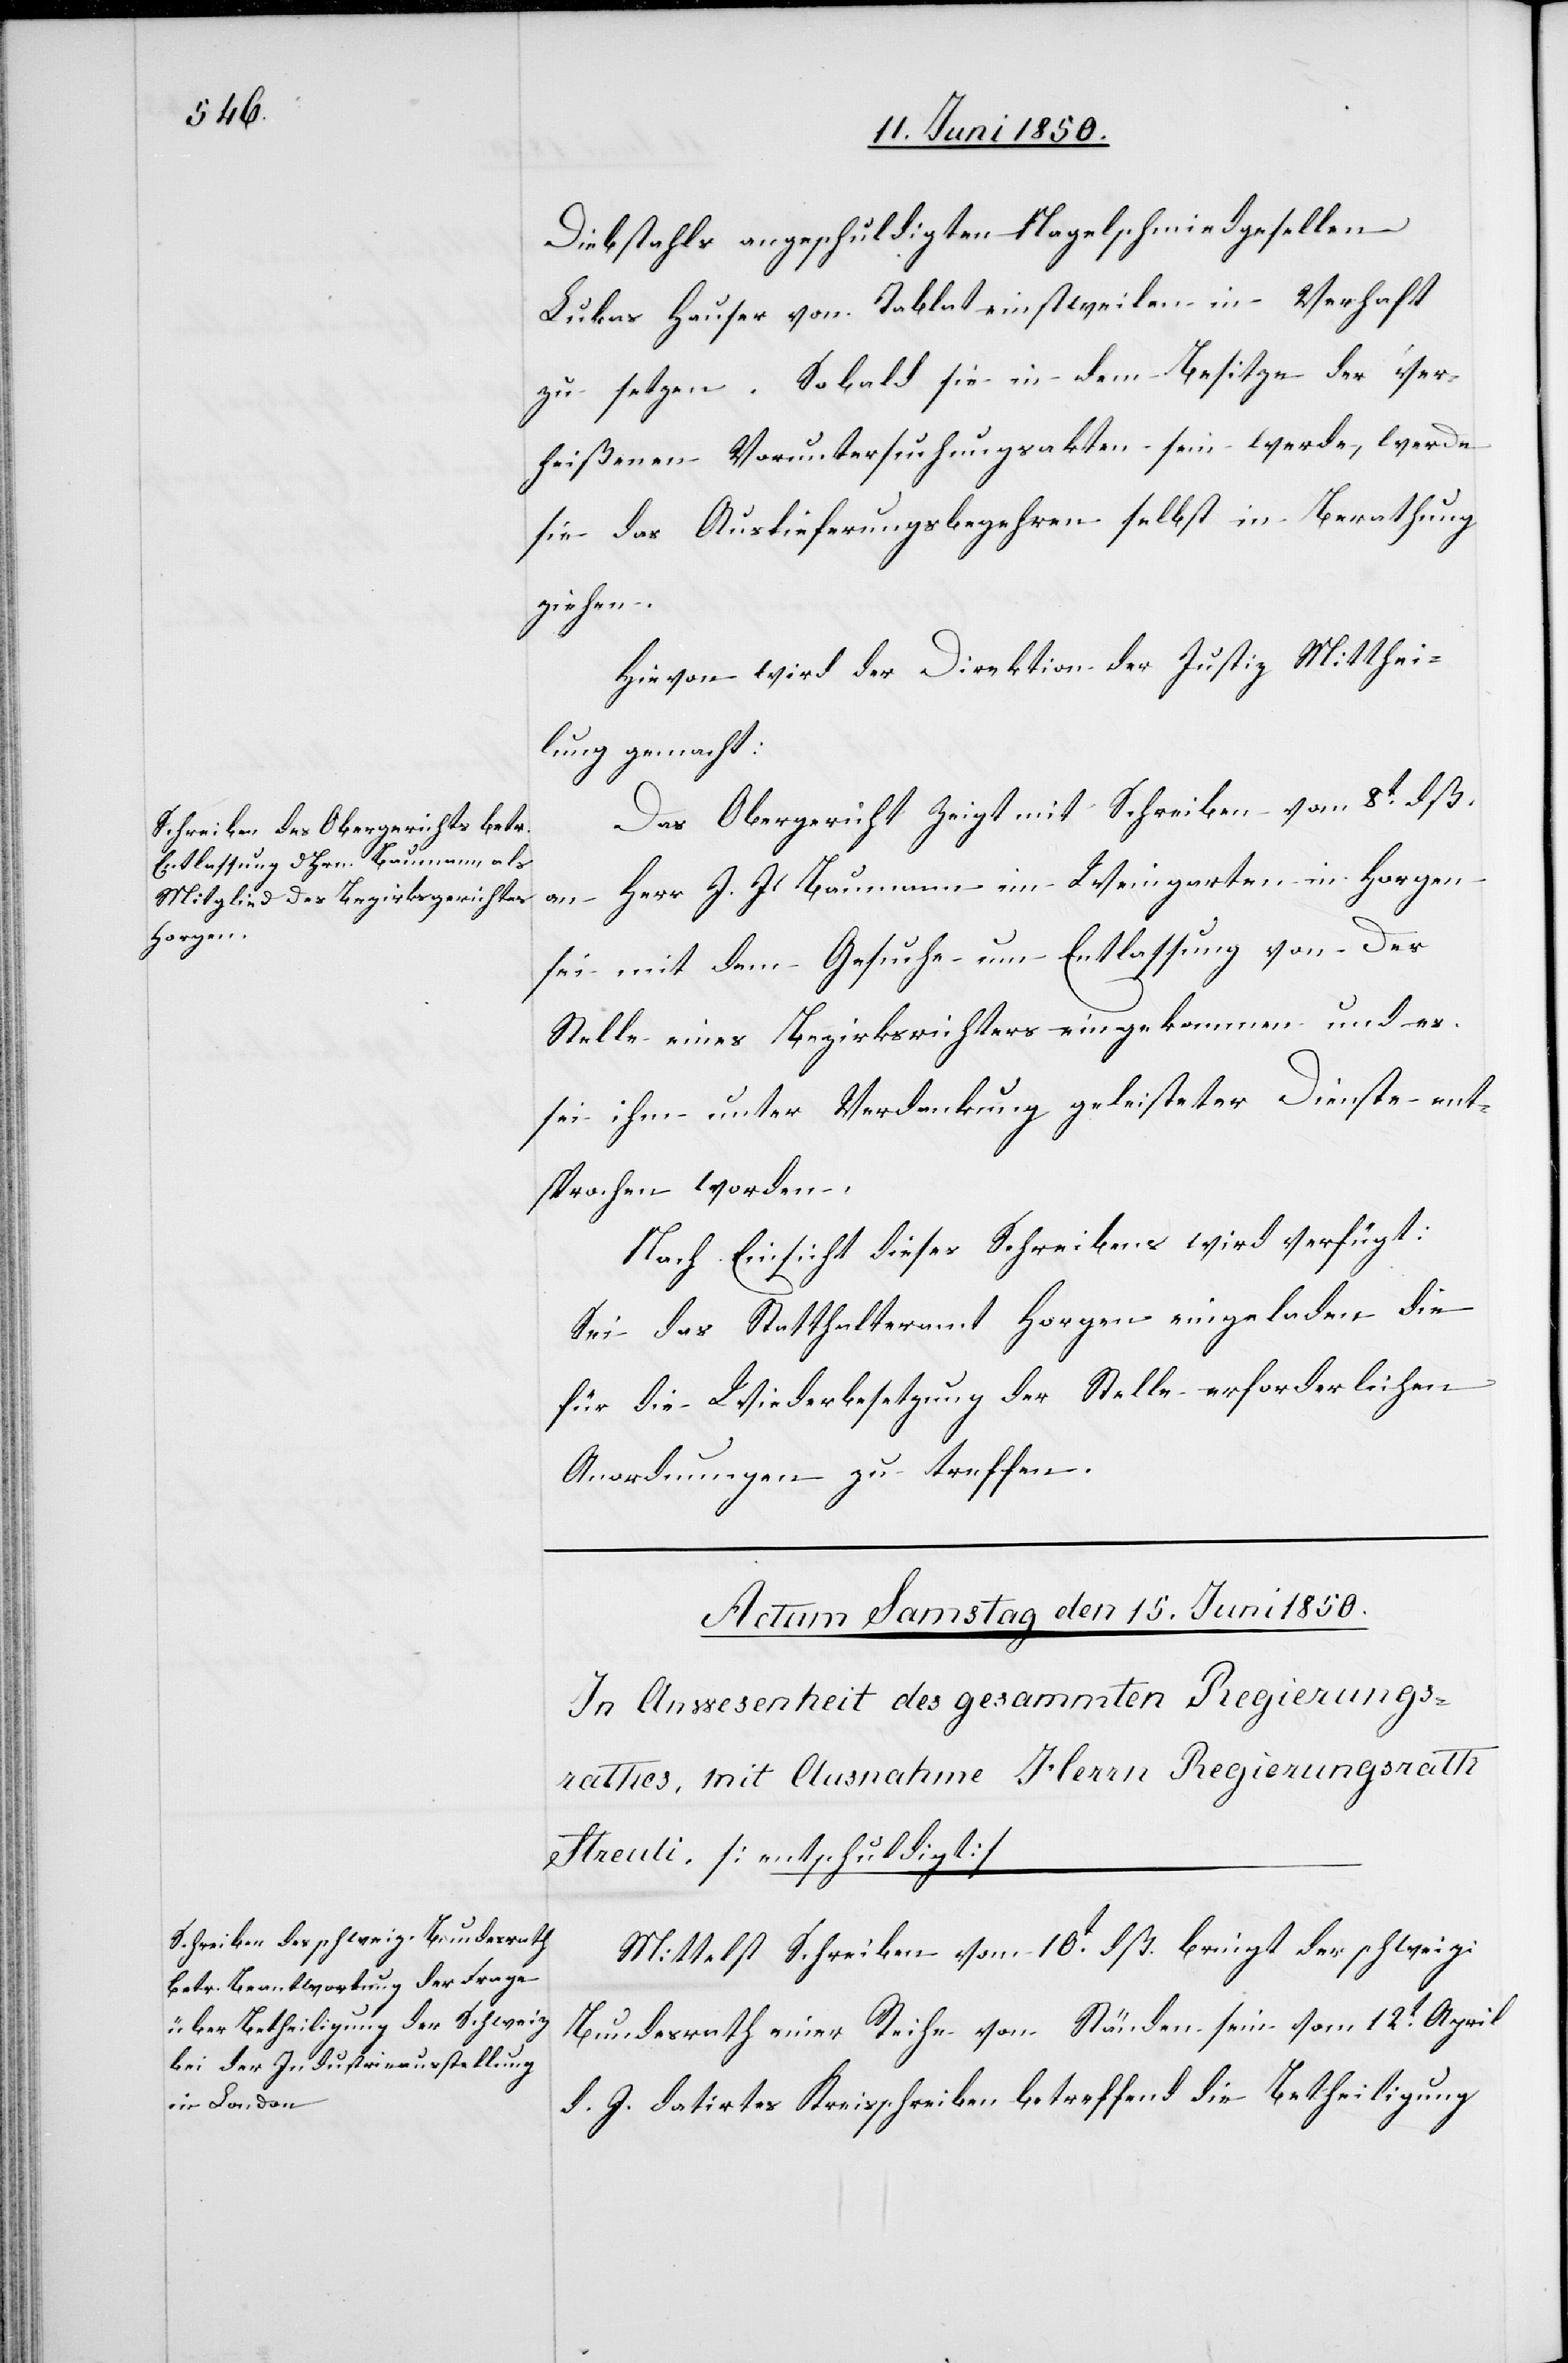
13t Juni 1850.]
Diebstahls angeschuldigten Nagelschmiedgesellen
Lukas Hauser von Tablat einstweilen in Verhaft
zu setzen. Sobald sie in dem Besitze der ver¬
heißenen Voruntersuchungsakten sein werde, werde
sie das Auslieferungsbegehren selbst in Berathung
ziehen.
Hievon wird der Direktion der Justiz Mitthei¬
lung gemacht:
Das Obergericht Zeigt mit Schreiben vom 8t dß.
an Herr J. J. Baumann in Weingarten in Horgen
sei mit dem Gesuche um Entlassung von der
Stelle eines Bezirksrichters eingekommen und es
sei ihm unter Verdankung geleisteter Dienste ent¬
sprochen worden.
Nach Einsicht dieses Schreibens wird verfügt:
Sei das Statthalteramt Horgen eingeladen die
für die Wiederbesetzung der Stelle erforderlichen
Anordnungen zu treffen.
Mittelst Schreiben vom 10t dß. bringt der schweiz.
Bundesrath einer Reihe von Ständen sein vom 12t April
d. J. datirtes Kreisschreiben betreffend die Betheiligung